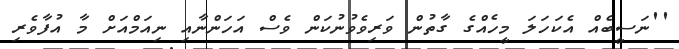
''ނަސީބެއް އެކަހަލަ މީހެއްގެ ގާތުން ވަރިވެވުނުކަން ވެސް އަހަންނާއި ނިއަމްއަށް މާ އުފާވެރި